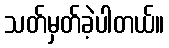
သတ်မှတ်ခဲ့ပါတယ်။